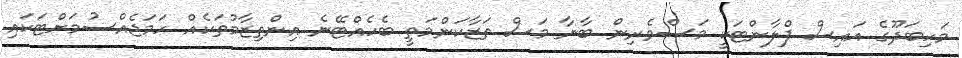
މަހިބަދޫގެ އައިސް ޕްލާންޓަކީ މަސްވެރިން ބާނާ މަސް ތަޒާކަންމަތީ ބެހެއްޓޭނެ އިންތިޒާމުތަކެއް ހަމަޖެއްސުމަށްޓަކައި